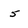
Character: 5